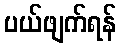
ပယ်ဖျက်ရန်